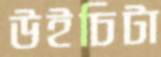
উইচিটা